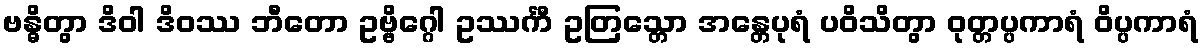
ဗန္ဓိတွာ ဒိဝါ ဒိဝဿ ဘီတော ဥဗ္ဗိဂ္ဂေါ ဥဿင်္ကီ ဥတြသ္တော အန္တေပုရံ ပဝိသိတွာ ဝုတ္တပ္ပကာရံ ဝိပ္ပကာရံ